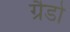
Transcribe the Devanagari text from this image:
ग्रैडो